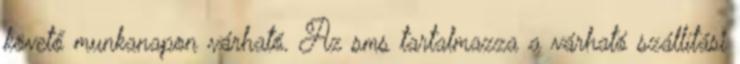
követő munkanapon várható. Az sms tartalmazza a várható szállítási